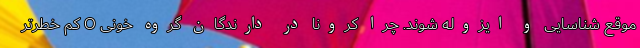
موقع شناسایی و ایزوله شوند. چرا کرونا در دارندگان گروه خونی O کم خطرتر